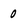
Character: 0